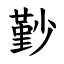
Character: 㝻